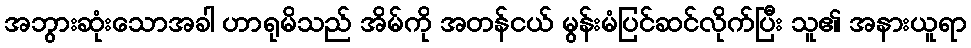
အဘွားဆုံးသောအခါ ဟာရုမိသည် အိမ်ကို အတန်ငယ် မွန်းမံပြင်ဆင်လိုက်ပြီး သူ၏ အနားယူရာ